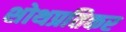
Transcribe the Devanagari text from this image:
शोथप्रतिकर